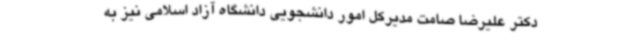
دکتر علیرضا صامت مدیرکل امور دانشجویی دانشگاه آزاد اسلامی نیز به